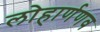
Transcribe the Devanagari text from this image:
लोहार्णणव